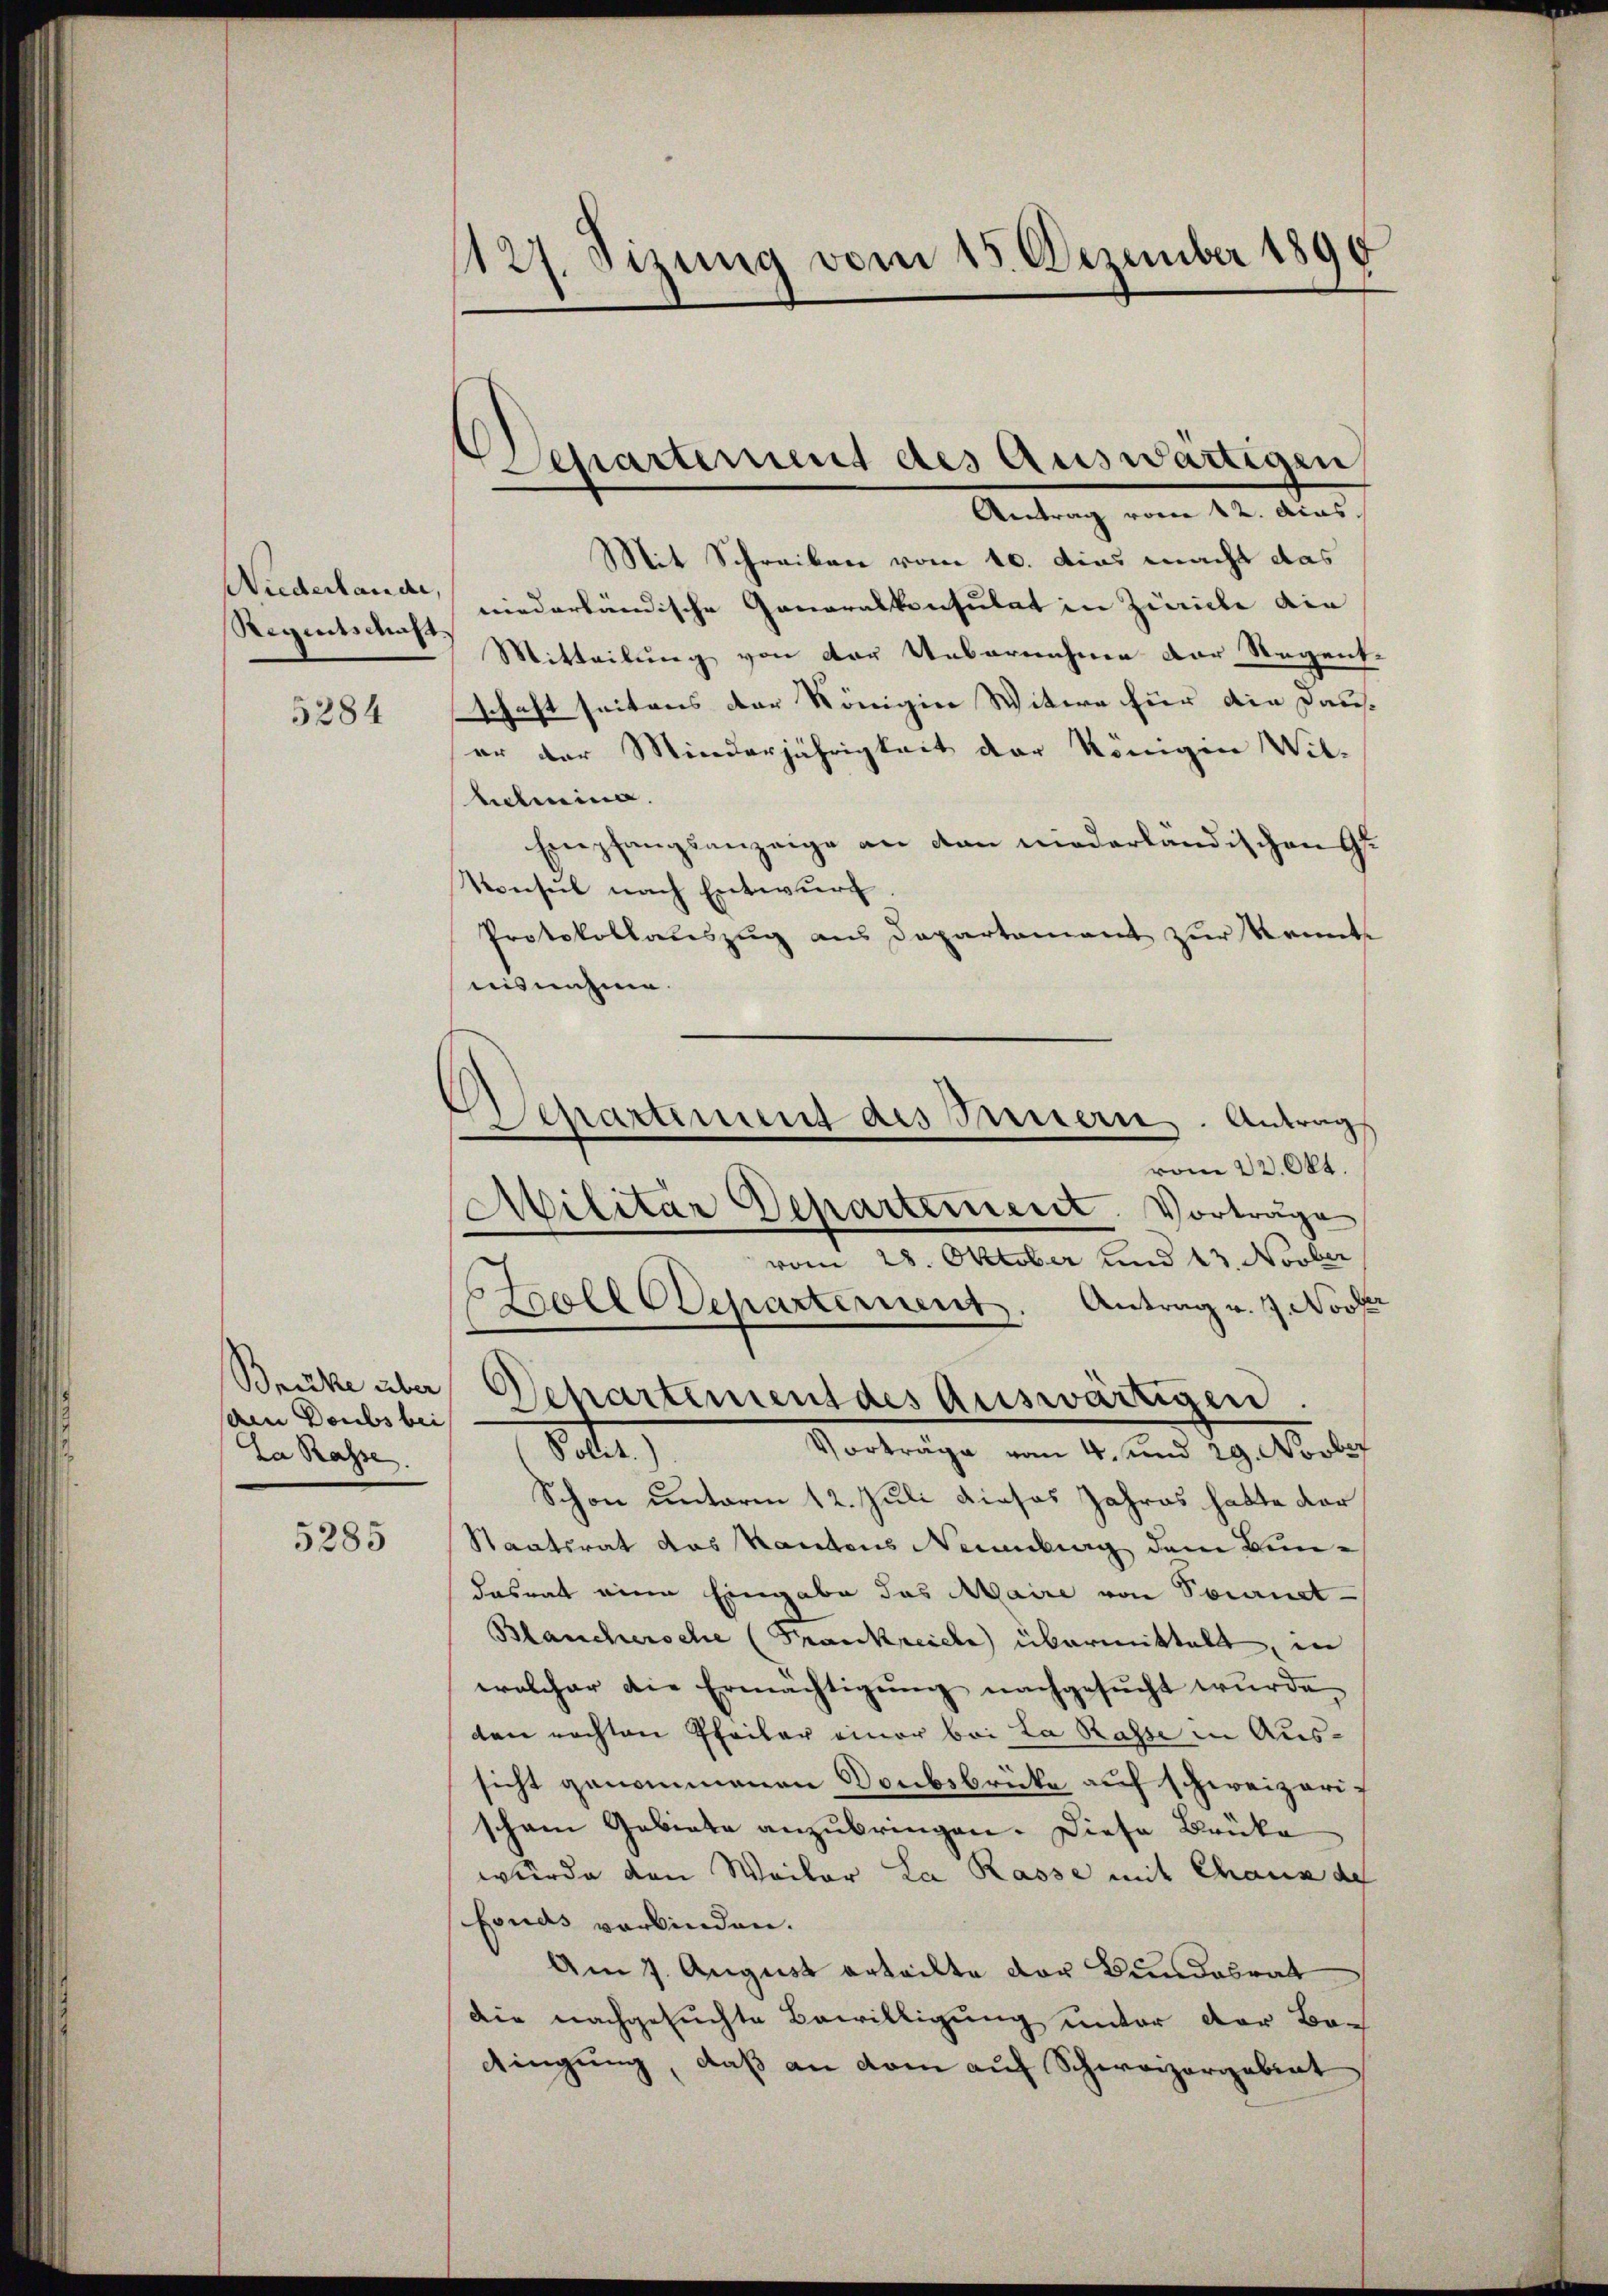
Niederlande,
Regentsmacht

5284

sahen Doubs bei
da Rasse.

5285

127. Sizung vom 15. Dezember 1890

Departement des Auswärtigen
Aentrag vom 12. Acas.

Schartenung des Innern. Antrags
vom 22. Okt.

Mit Schreiben vom 10. dies macht das
niederländische Generalkonsulat in Zürich die
Mitteilung von der Uebernahme der Regent.
schaft seitens der Königier Witwe hier die Daus-
er der Minderjährigkeit der Königin Wil-
helmina.
Empfangsanzeige an den niederländischen Ge
Konsul nach Entwurf.
Protokollauszug aus Departement zur Kennte
nisnahme.
Militar Departement. Vorträge
vom 28. Oktober und 13. Novber
Stcoll Separternent. Antrag v. J. Nove
Becke aber Departement des auswärtigen.
de
Vorträge vom 4. und 29. Novber
Schon unterm 12. Juli dieses Jahres hatte der
Staatsrat das Kantons Neuenburg dem Bundasrat eine Eingabe das Maire von Sonnet-
Blanchersche (Frankreiche übermittelt, in
wolcher die Ermächtigung nachgesucht wurden.
den nachten Pfeiler einer bei La Rasse in Aussicht genommenen Doubsbrücke auf schweizerischen Gebiete anzubringen. Diese Brüke
wurde den Weiter La Rasse mit Chaus de
fonds verbinden.
Am 7. August erteilte der Bundesrat
die nachgesuchte Bewilligung unter der Bedingung, daß an dem auf Schweizergebrat